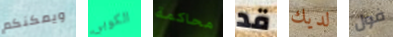
ويمكنكم الكوبي محاكمة قد لديك فول